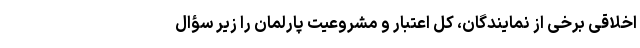
اخلاقی برخی از نمایندگان، کل اعتبار و مشروعیت پارلمان را زیر سؤال